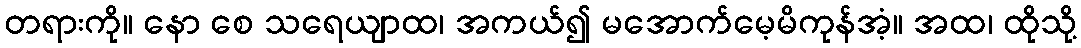
တရားကို။ နော စေ သရေယျာထ၊ အကယ်၍ မအောက်မေ့မိကုန်အံ့။ အထ၊ ထိုသို့